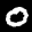
Label: 0